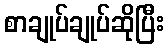
စာချုပ်ချုပ်ဆိုပြီး